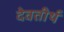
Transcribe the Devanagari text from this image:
देवतीर्थ